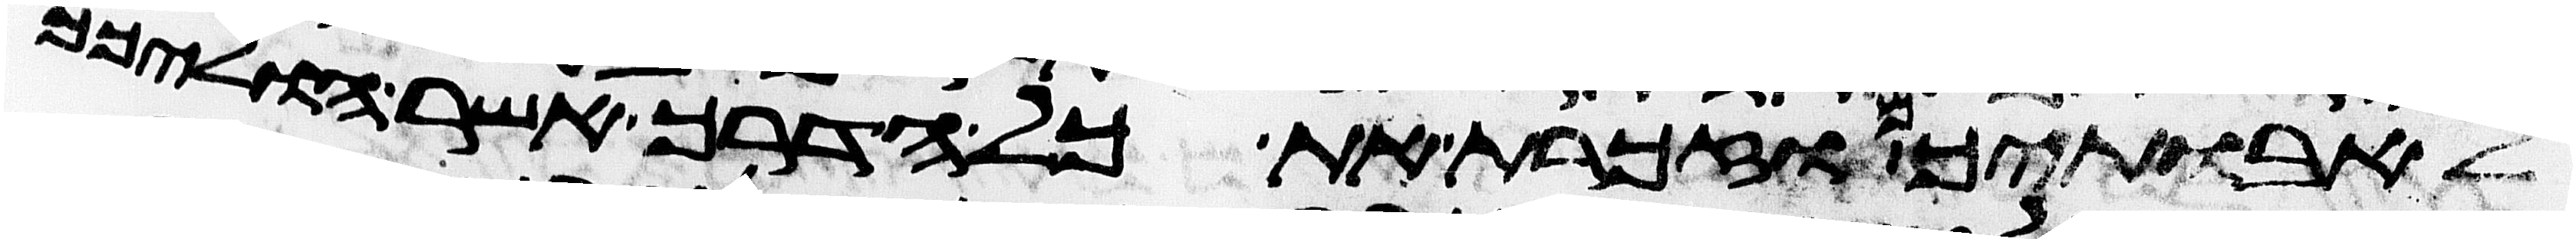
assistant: לאבתיכם וזכרת את כל הדרך אשר הוליכך